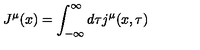
J ^ { \mu } ( x ) = \int _ { - \infty } ^ { \infty } d \tau j ^ { \mu } ( x , \tau )